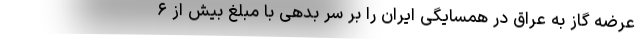
عرضه گاز به عراق در همسایگی ایران را بر سر بدهی با مبلغ بیش از ۶